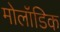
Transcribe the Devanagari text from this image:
मोलॉडिक